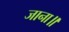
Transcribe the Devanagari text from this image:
जाना॥